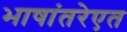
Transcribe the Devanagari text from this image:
भाषांतरेएत